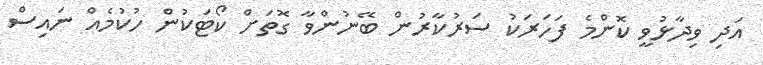
އަދި ވިދާޅުވީ ކޮންމެ ފަހަރަކު ސަރުކާރުން ބޭނުންވާ ގޮތަށް ކޯޓަކުން ހުކުމެއް ނައިސް